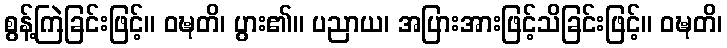
စွန့်ကြဲခြင်းဖြင့်။ ဝဍ္ဎတိ၊ ပွား၏။ ပညာယ၊ အပြားအားဖြင့်သိခြင်းဖြင့်။ ဝဍ္ဎတိ၊